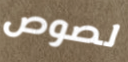
لصوص